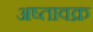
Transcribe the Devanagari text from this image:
अष्तावक्र